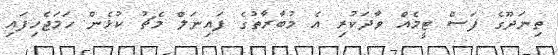
ތިނަދޫގެ ފަސް ޓީމެއް ވާދަކުރި އެ މުބާރާތުގެ ފައިނަލް މެޗު ކުޅެން ހަމަޖެހިފައި